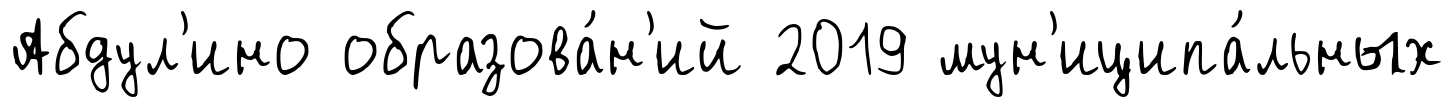
Абдул'ино образова́н'ий 2019 мун'иципа́льных